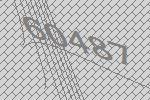
60487